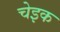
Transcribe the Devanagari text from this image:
चेइक